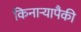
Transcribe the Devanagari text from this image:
किनाऱ्यापैकी